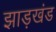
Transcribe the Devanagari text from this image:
झाड़खंड